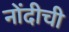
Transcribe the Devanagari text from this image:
नोंदीची